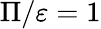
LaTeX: \Pi/\varepsilon=1